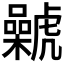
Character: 𰲨